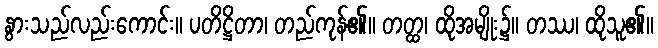
နွားသည်လည်းကောင်း။ ပတိဋ္ဌိတာ၊ တည်ကုန်၏။ တတ္ထ၊ ထိုအမျိုး၌။ တဿ၊ ထိုသူ၏။